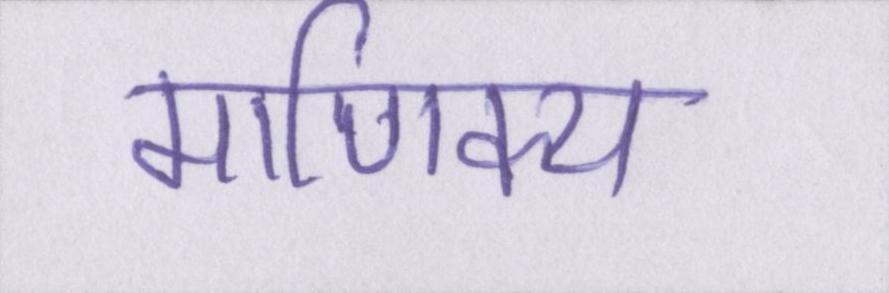
माणिक्य